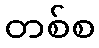
တစ်စ